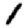
Digit: 1